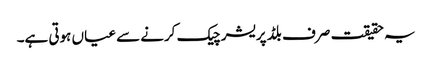
یہ حقیقت صرف بلڈ پریشر چیک کرنے سے عیاں ہوتی ہے۔